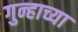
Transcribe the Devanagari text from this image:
गुन्हाच्या